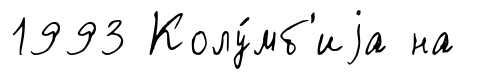
1993 Колу́мб'иjа на